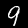
Label: 9